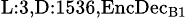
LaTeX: _{\textrm{L}:3,\textrm{D}:1536,\textrm{EncDec}_{\textrm{B}1}}